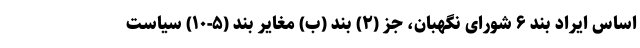
اساس ایراد بند ۶ شورای نگهبان، جز (۲) بند (ب) مغایر بند (۵-۱۰) سیاست